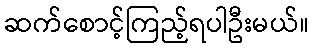
ဆက်စောင့်ကြည့်ရပါဦးမယ်။